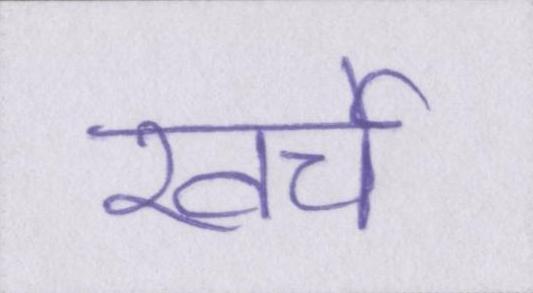
खर्चे